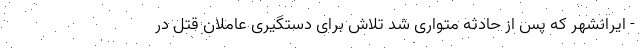
- ایرانشهر که پس از حادثه متواری شد تلاش برای دستگیری عاملان قتل در